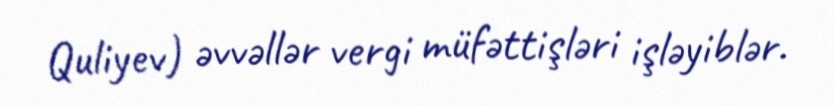
Quliyev) əvvəllər vergi müfəttişləri işləyiblər.